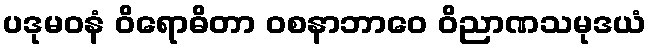
ပဒုမဝနံ ဝိရောဓိတာ ဝစနာဘာဝေ ဝိညာဏသမုဒယံ